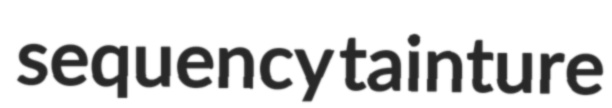
sequency tainture